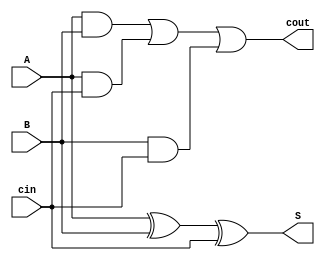

`timescale 1ns/1ns

module FA(input A, input B, input cin, output S, output cout);
wire w1, w2, w3, w4;
xor xor1 (w1, A, B);
xor xor2 (S, w1, cin);
and and1 (w2, A, B);
and and2 (w3, A, cin);
and and3 (w4, B, cin);
or or1 (cout, w2, w3, w4);
endmodule